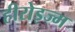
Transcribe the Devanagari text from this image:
हीरोइज्म